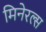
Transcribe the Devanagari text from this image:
मिनेरल्स